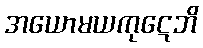
အယောမယကုဋေဘိ